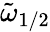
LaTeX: \tilde{\omega}_{1/2}